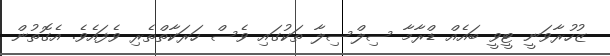
ޒުހުރާވަނީ ޓީވީ ބައެއް ޑްރާމާ ސިލްސިލާ ތަކުގައި ވެސް ހަރަކާތްތެރި ވެފައެވެ. އެގޮތުން